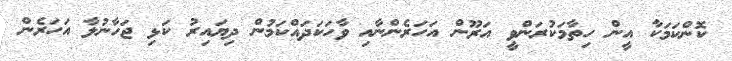
ކޮންކަމަކާ އީން ހިތާމަކުރަންވީ އަރޫން އަހަރެންނާއި ވާހަކަދައްކަމުން ދިޔައިރު ކަޅި ޖަހާނުލާ އަހަރެން